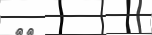
٢٦